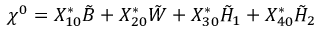
\chi ^ { 0 } = X _ { 1 0 } ^ { * } \tilde { B } + X _ { 2 0 } ^ { * } \tilde { W } + X _ { 3 0 } ^ { * } \tilde { H } _ { 1 } + X _ { 4 0 } ^ { * } \tilde { H } _ { 2 }